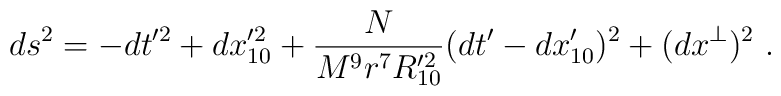
ds^2 = -dt'^2 + dx_{10}'^2 + \frac{N}{M^9 r^7 R'^2_{10}} (dt' -dx_{10}')^2 + (dx^\perp)^2\ .